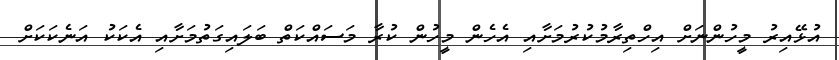
އުޅޭއިރު މީހުންނަށް އިހްތިރާމުކުރުމަށާއި އެހެން މީހުން ކުރާ މަސައްކަތް ބަލައިގަތުމަށާއި އެކަކު އަނެކަކަށް